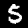
Digit: 5